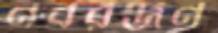
নবরঞ্জন